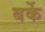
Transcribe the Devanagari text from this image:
बर्के